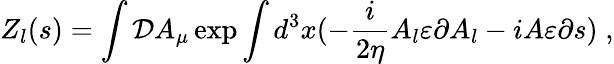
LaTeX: Z_{l}(s)=\int{\cal D}A_{\mu}\exp\int d^{3}x(-\frac i{2\eta}A_{l}\varepsilon\partial A_{l}-iA\varepsilon\partial s)\; ,